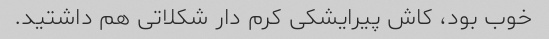
خوب بود، کاش پیرایشکی کرم دار شکلاتی هم داشتید.